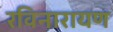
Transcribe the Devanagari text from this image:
रविनारायण